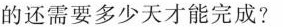
的还需要多少天才能完成?